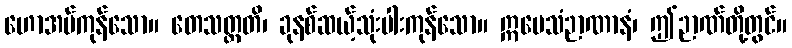
ဟောအပ်ကုန်သော။ တေသတ္တတိ၊ ခုနစ်ဆယ့်သုံးပါးကုန်သော။ ဣမေသံဉာဏာနံ၊ ဤဉာဏ်တို့တွင်။